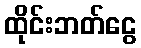
ထိုင်းဘတ်ငွေ